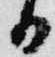
る